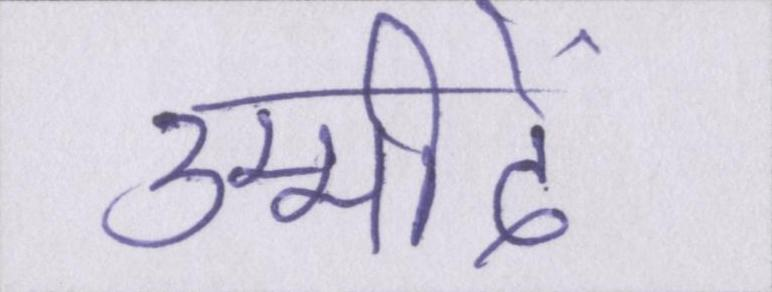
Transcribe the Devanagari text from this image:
उम्मीदें